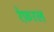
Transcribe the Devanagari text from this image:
रेफ़रल